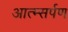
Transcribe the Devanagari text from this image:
आत्म्सर्पण